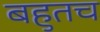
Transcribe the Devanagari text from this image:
बहुतच